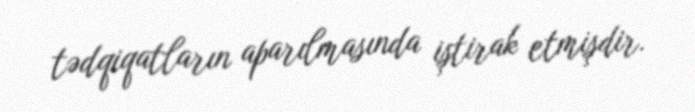
tədqiqatların aparılmasında iştirak etmişdir.